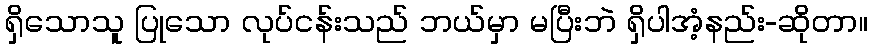
ရှိသောသူ ပြုသော လုပ်ငန်းသည် ဘယ်မှာ မပြီးဘဲ ရှိပါအံ့နည်း-ဆိုတာ။